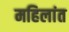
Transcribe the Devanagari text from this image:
महिलांत